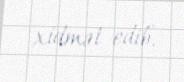
xidmət edib.